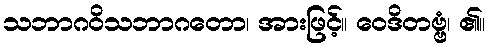
သဘာဂဝိသဘာဂတော၊ အားဖြင့်။ ဝေဒိတဗ္ဗံ၊ ၏။